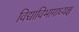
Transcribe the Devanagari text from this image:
विद्याविभागाध्यक्ष